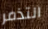
التذمر